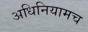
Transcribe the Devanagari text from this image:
अधिनियामच